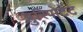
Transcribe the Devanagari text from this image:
प्लुरिपोटेंट